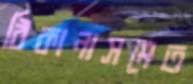
ঠিকানাসমেত